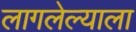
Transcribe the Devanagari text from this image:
लागलेल्याला